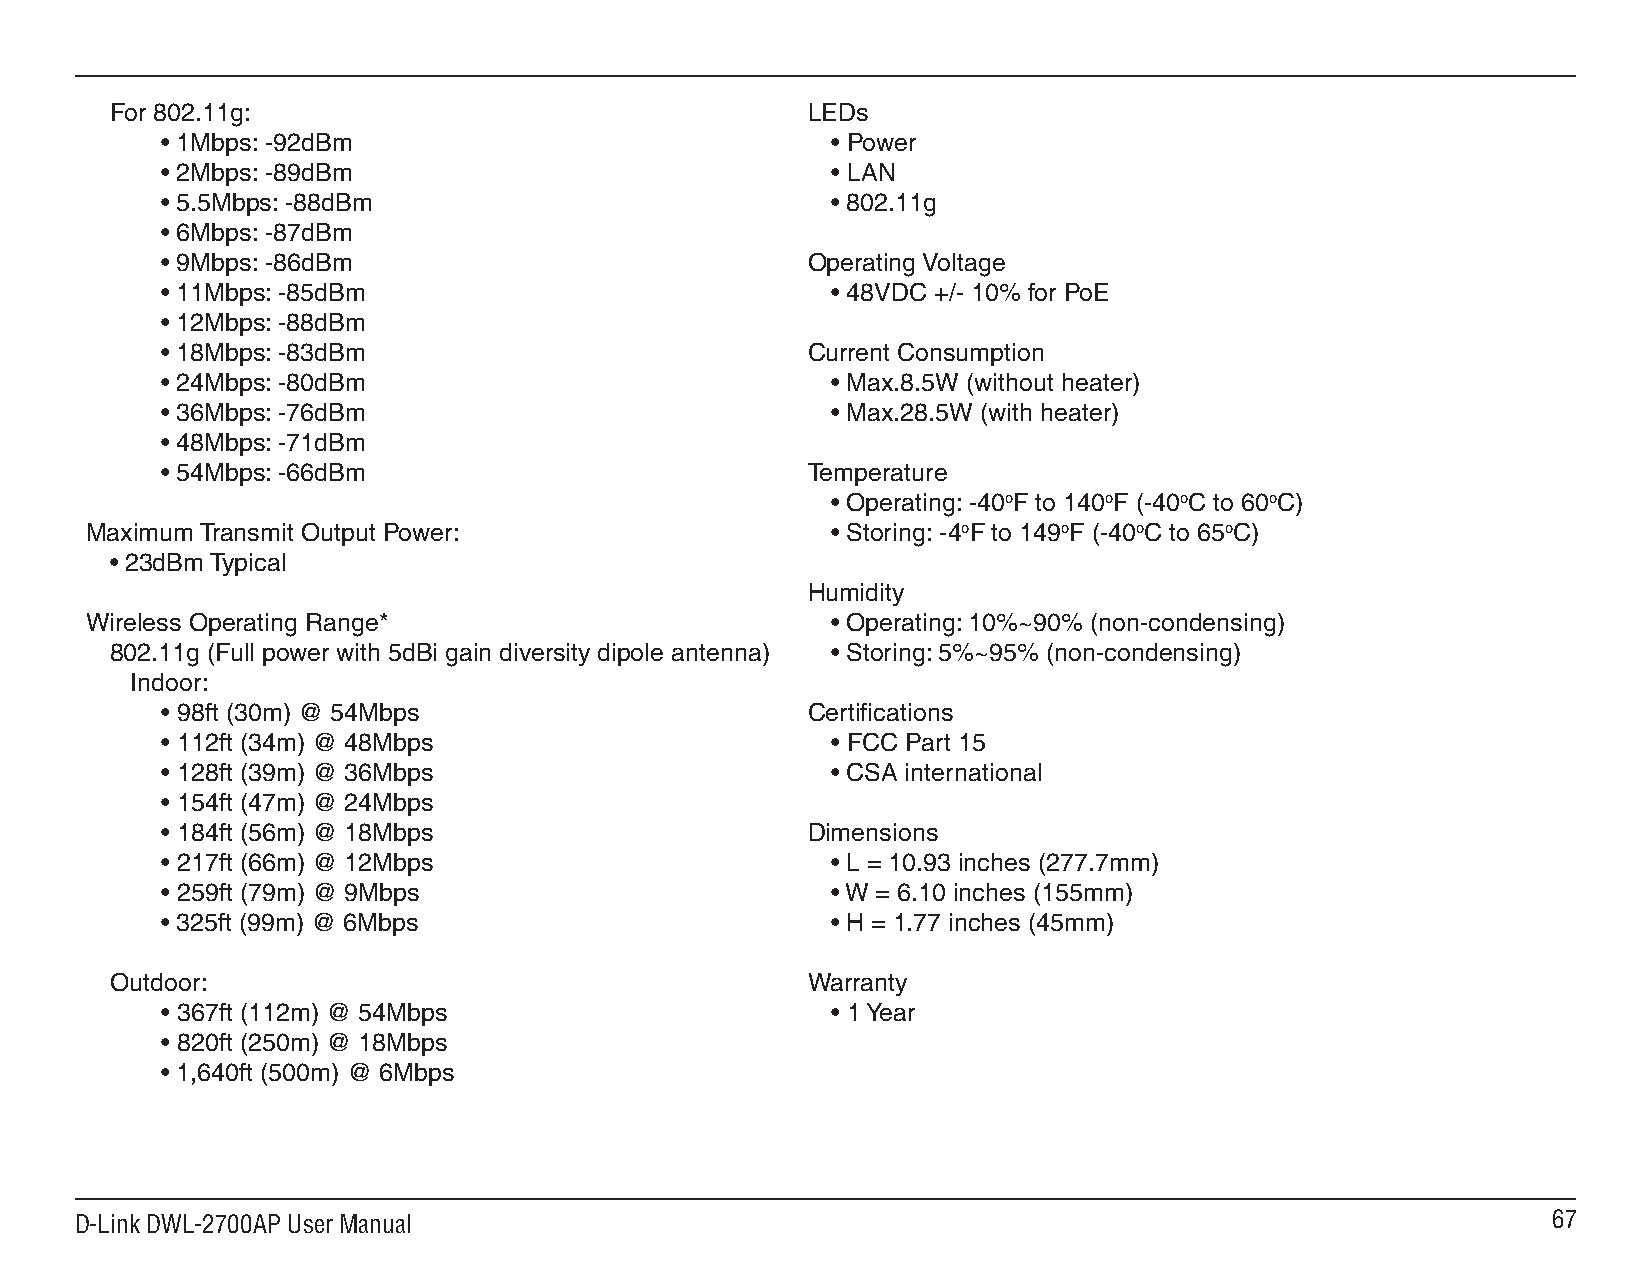
For 802.11g:                                  LEDs
 • 1Mbps: -92dBm                             • Power
 • 2Mbps: -89dBm                             • LAN
 • 5.5Mbps: -88dBm                           • 802.11g
 • 6Mbps: -87dBm
 • 9Mbps: -86dBm                           Operating Voltage
 • 11Mbps: -85dBm                            • 48VDC +/- 10% for PoE
 • 12Mbps: -88dBm
 • 18Mbps: -83dBm                          Current Consumption
 • 24Mbps: -80dBm                            • Max.8.5W (without heater)
 • 36Mbps: -76dBm                            • Max.28.5W (with heater)
 • 48Mbps: -71dBm
 • 54Mbps: -66dBm                          Temperature
 • Operating: -40oF to 140oF (-40oC to 60oC)
 Maximum Transmit Output Power:                   • Storing: -4oF to 149oF (-40oC to 65oC)
 • 23dBm Typical
 Humidity
 Wireless Operating Range*                        • Operating: 10%~90% (non-condensing)
 802.11g (Full power with 5dBi gain diversity dipole antenna) • Storing: 5%~95% (non-condensing)
 Indoor:
 • 98ft (30m) @ 54Mbps                     Certifications
 • 112ft (34m) @ 48Mbps                      • FCC Part 15
 • 128ft (39m) @ 36Mbps                      • CSA international
 • 154ft (47m) @ 24Mbps
 • 184ft (56m) @ 18Mbps                    Dimensions
 • 217ft (66m) @ 12Mbps                      • L = 10.93 inches (277.7mm)
 • 259ft (79m) @ 9Mbps                       • W = 6.10 inches (155mm)
 • 325ft (99m) @ 6Mbps                       • H = 1.77 inches (45mm)
 Outdoor:                                      Warranty
 • 367ft (112m) @ 54Mbps                     • 1 Year
 • 820ft (250m) @ 18Mbps
 • 1,640ft (500m) @ 6Mbps
 D-Link DWL-2700AP User Manual                                                                     7